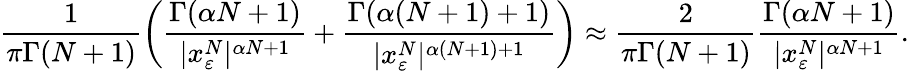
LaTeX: \frac{1}{\pi\Gamma(N+1)}\left(\frac{\Gamma(\alpha N+1)}{|x_{\varepsilon}^{N}|^{\alpha N+1}}+\frac{\Gamma(\alpha(N+1)+1)}{|x_{\varepsilon}^{N}|^{\alpha(N+1)+1}}\right)\approx\frac{2}{\pi\Gamma(N+1)}\frac{\Gamma(\alpha N+1)}{|x_{\varepsilon}^{N}|^{\alpha N+1}}.